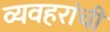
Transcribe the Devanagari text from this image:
व्यवहरांची